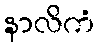
နာလိကံ